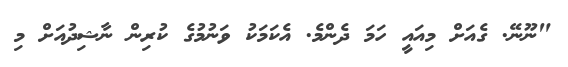
"ނޫނޭ. ގެއަށް މިއައީ ހަމަ ދެންމެ. އެކަމަކު ވަނުމުގެ ކުރިން ނާޝިދުއަށް މި